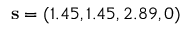
\mathbf { s } = ( 1 . 4 5 , 1 . 4 5 , 2 . 8 9 , 0 )